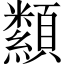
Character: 纇